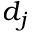
d _ { j }